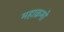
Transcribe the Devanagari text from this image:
महाक्रमो